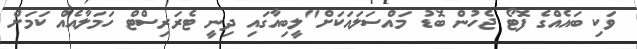
ވަކި ބައެއްގެ ފޮޓޯ ޖެހުން ބޮޑު މައްސަލައަކަށް"ލީބިއާގައި ދިނީ ޓެރަރިސްޓް ހަމަލާއެއް ކަމަށް